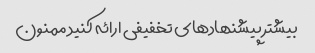
بیشتر پیشنهاد‌های تخفیفی ارائه کنید ممنون